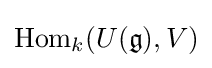
{\text{Hom}}_{k}(U({\mathfrak {g}}),V)